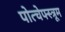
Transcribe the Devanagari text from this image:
पोत्चेफ्स्त्रूम